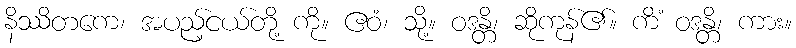
နိဿိတကေ၊ အပည့်ငယ်တို့ ကို။ ဧဝံ၊ သို့။ ဝဒန္တိ၊ ဆိုကုန်၏။ ကိံ ဝဒန္တိ၊ ကား။